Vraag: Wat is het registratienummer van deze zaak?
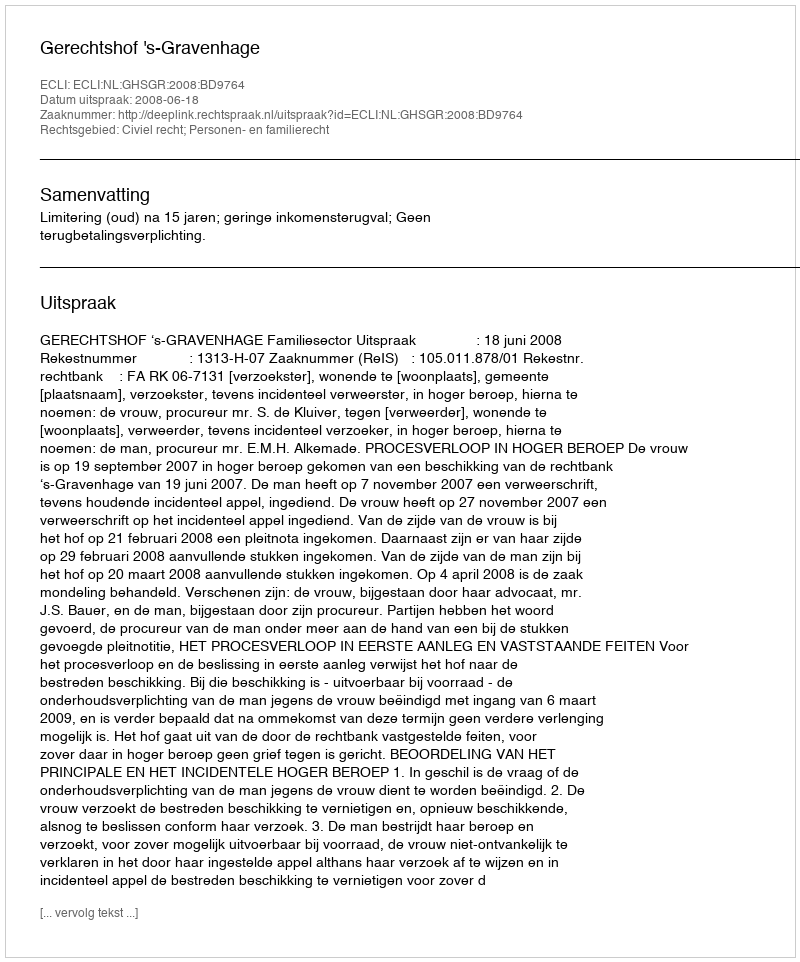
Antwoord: http://deeplink.rechtspraak.nl/uitspraak?id=ECLI:NL:GHSGR:2008:BD9764